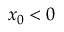
x _ { 0 } < 0